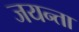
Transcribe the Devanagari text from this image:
जयन्ता